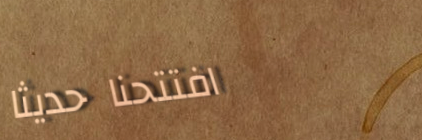
افتتحنا حديثاً